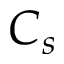
C _ { s }